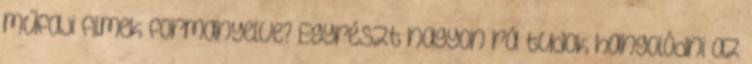
műfaji filmek formanyelve? Egyrészt nagyon rá tudok hangolódni az